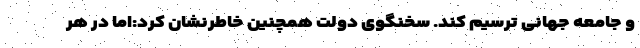
و جامعه جهانی ترسیم کند. سخنگوی دولت همچنین خاطرنشان کرد:اما در هر